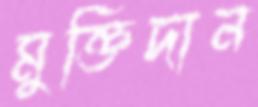
মুক্তিদান